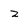
Character: z